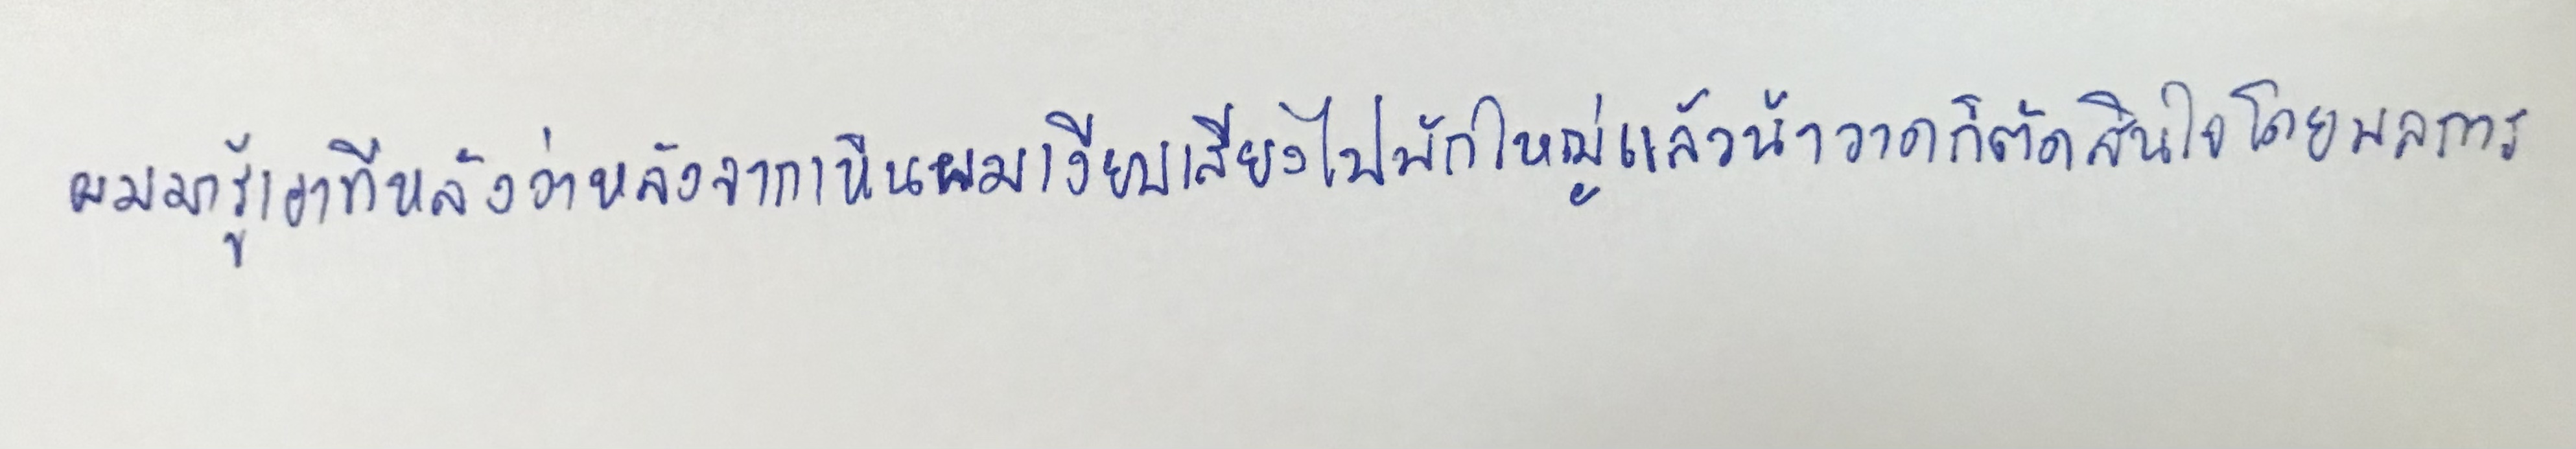
ผมมารู้เอาทีหลังว่าหลังจากเห็นผมเงียบเสียงไปพักใหญ่แล้วน้าวาดก็ตัดสินใจโดยพลการ